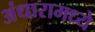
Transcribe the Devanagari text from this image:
अंधारामध्ये